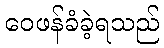
ဝေဖန်ခံခဲ့ရသည်